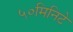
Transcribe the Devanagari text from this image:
५०मिनिटे